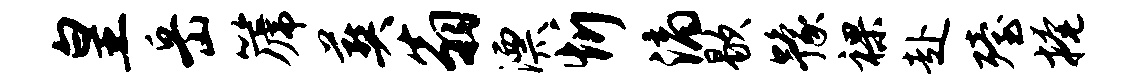
皇岳篪葬翁漂忻滴歇豫裸赴殪掩